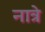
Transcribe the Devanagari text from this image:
नात्रे